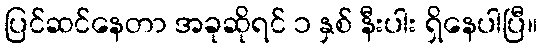
ပြင်ဆင်နေတာ အခုဆိုရင် ၁ နှစ် နီးပါး ရှိနေပါပြီ။